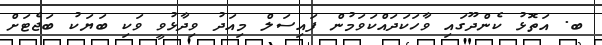
ބ. އަތޮޅު ކެންދޫގައި ވާހަކަދައްކަވަމުން ފައިސަލް މިއަދު ވިދާޅުވީ ވަކި ބަޔަކު ބަޖެޓަށް